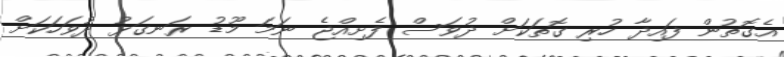
އެގޮތުން ފައިދާ ހުރި ގޮތަކަށް ދުވަސް ފެށިއްޖެ ނަމަ މޫޑު ރަނގަޅު ދުވަހަކަށް